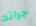
جراند